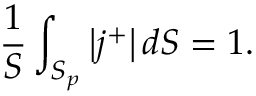
\frac { 1 } { S } \int _ { S _ { p } } \left\vert j ^ { + } \right\vert d S = 1 .